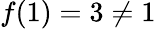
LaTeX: f(1)=3\neq 1